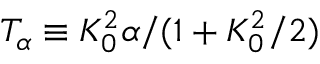
T _ { \alpha } \equiv K _ { 0 } ^ { 2 } \alpha / ( 1 + K _ { 0 } ^ { 2 } / 2 )